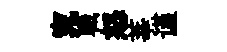
窕職怒莘谨